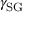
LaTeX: \gamma _ { \mathrm { S G } }